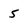
Character: 5